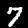
Digit: 7